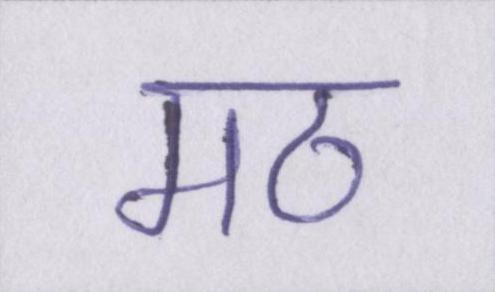
मठ